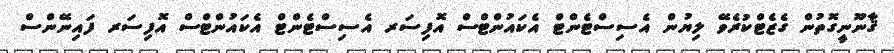
ޤާނޫނީގޮތުން ގެޒެޓްކުރެވޭ ލިޔުން އެސިސްޓެންޓް އެކައުންޓްސް އޮފިސަރ އެސިސްޓެންޓް އެކައުންޓްސް އޮފިސަރ ފައިނޭންސް